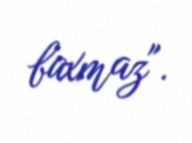
baxmaz".